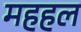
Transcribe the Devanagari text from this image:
महहल